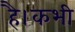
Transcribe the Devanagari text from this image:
है।कभी